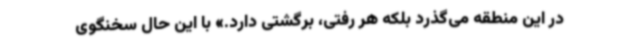
در این منطقه می‌گذرد بلکه هر رفتی، برگشتی دارد.» با این حال سخنگوی